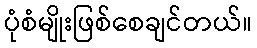
ပုံစံမျိုးဖြစ်စေချင်တယ်။